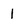
Character: 1